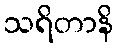
သရိတာနိ